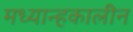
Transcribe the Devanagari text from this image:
मध्यान्हकालीन